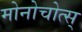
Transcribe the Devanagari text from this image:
मोनोचोत्स्